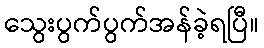
သွေးပွက်ပွက်အန်ခဲ့ရပြီ။